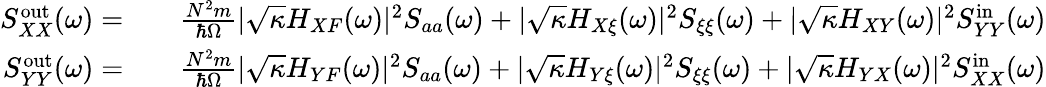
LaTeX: \begin{array}{rlr}{S_{XX}^{\mathrm{out}}(\omega)=}&{{}}&{\frac{N^{2}m}{\hbar\Omega}|\sqrt{\kappa}H_{XF}(\omega)|^{2}S_{aa}(\omega)+|\sqrt{\kappa}H_{X\xi}(\omega)|^{2}S_{\xi\xi}(\omega)+|\sqrt{\kappa}H_{XY}(\omega)|^{2}S_{YY}^{\mathrm{in}}(\omega)}\\ {S_{YY}^{\mathrm{out}}(\omega)=}&{{}}&{\frac{N^{2}m}{\hbar\Omega}|\sqrt{\kappa}H_{YF}(\omega)|^{2}S_{aa}(\omega)+|\sqrt{\kappa}H_{Y\xi}(\omega)|^{2}S_{\xi\xi}(\omega)+|\sqrt{\kappa}H_{YX}(\omega)|^{2}S_{XX}^{\mathrm{in}}(\omega)}\end{array}